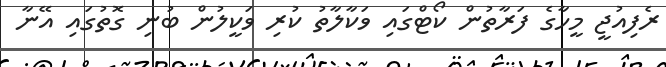
ރެފިއުޖީ މީހާގެ ފަރާތުން ކޯޓްގައި ވަކާލާތު ކުރި ވަކީލުން ބުނި ގޮތުގައި އޭނާ